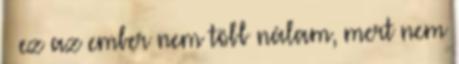
– ez az ember nem több nálam, mert nem